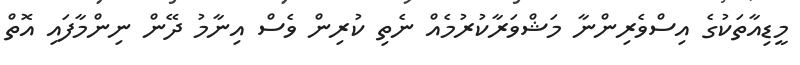
މީޑިއާތަކުގެ އިސްވެރިންނާ މަޝްވަރާކުރުމެއް ނެތި ކުރިން ވެސް އިނާމު ދޭން ނިންމާފައި އޮތް